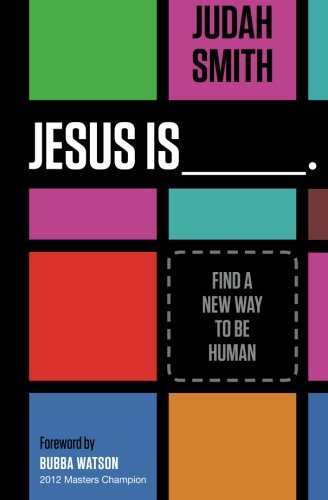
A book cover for Jesus Is: Find a New Way to Be Human; Judah Smith; Christian Books & Bibles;